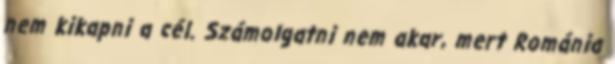
nem kikapni a cél. Számolgatni nem akar, mert Románia